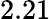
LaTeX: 2.21